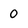
Character: 0